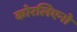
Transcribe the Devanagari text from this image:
कोरलिएनो